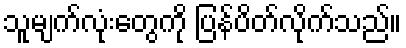
သူမျက်လုံးတွေကို ပြန်ပိတ်လိုက်သည်။